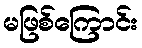
မဖြစ်ကြောင်း